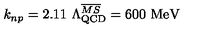
k _ { n p } = 2 . 1 1 \ \Lambda _ { \mathrm { Q C D } } ^ { \overline { { M S } } } = 6 0 0 \ \mathrm { M e V }